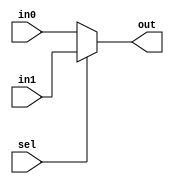
module mux2X1( in0,in1,sel,out);
input  in0,in1, sel;
output reg out;
always @(*)
   begin
     if(sel) 
       out= in1;
     else
        out=in0;
   end
endmodule